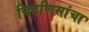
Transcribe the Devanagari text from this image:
चिटणिसांचा